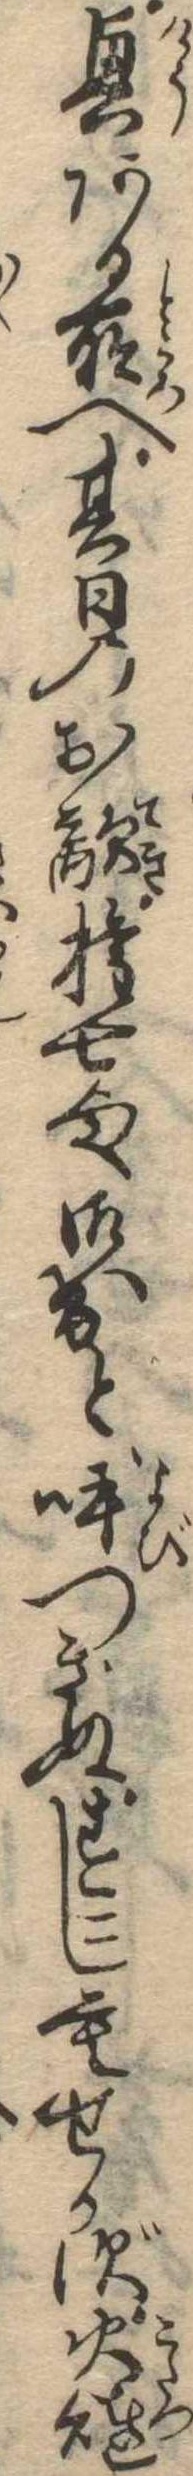
興ある所へ其日のお敵権七様御出と呼つぎぬすこしもせかず火燵